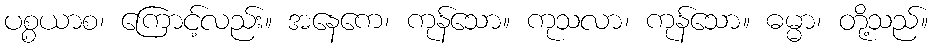
ပစ္စယာစ၊ ကြောင့်လည်း။ အနေကေ၊ ကုန်သော။ ကုသလာ၊ ကုန်သော။ ဓမ္မာ၊ တို့သည်။